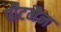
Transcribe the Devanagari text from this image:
पीटमैन